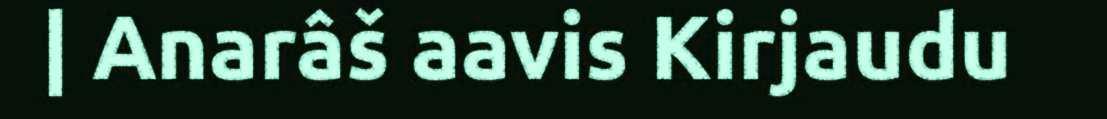
| Anarâš aavis Kirjaudu